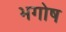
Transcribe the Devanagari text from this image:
भगोष